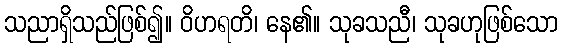
သညာရှိသည်ဖြစ်၍။ ဝိဟရတိ၊ နေ၏။ သုခသညီ၊ သုခဟုဖြစ်သော